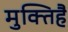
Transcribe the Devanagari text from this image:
मुक्तिहै